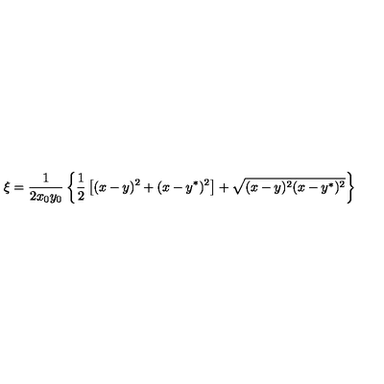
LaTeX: \xi = \frac 1 { 2 x _ { 0 } y _ { 0 } } \left\{ \frac 1 2 \left[ ( x - y ) ^ { 2 } + ( x - y ^ { * } ) ^ { 2 } \right] + \sqrt { ( x - y ) ^ { 2 } ( x - y ^ { * } ) ^ { 2 } } \right\}